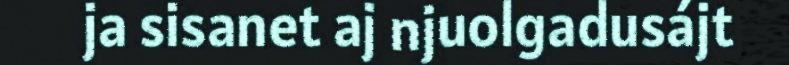
ja sisanet aj njuolgadusájt